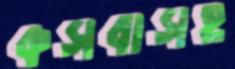
কসবাসহ